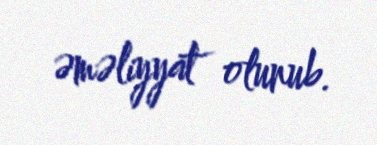
əməliyyat olunub.